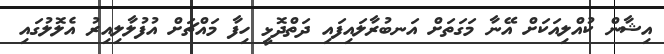
އިޝާން ކުއްލިއަކަށް އޭނާ މަގަތަށް އަނބުރާލައިފައި ދަތްދޮޅީ ހިފާ މައްޗަށް އުފުލާލިއިރު އެލޮލުގައި